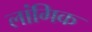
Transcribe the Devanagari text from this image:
लांगिक